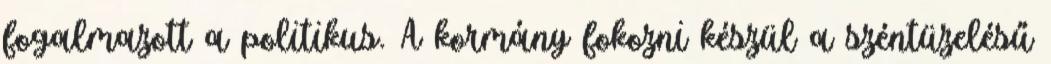
fogalmazott a politikus. A kormány fokozni készül a széntüzelésű